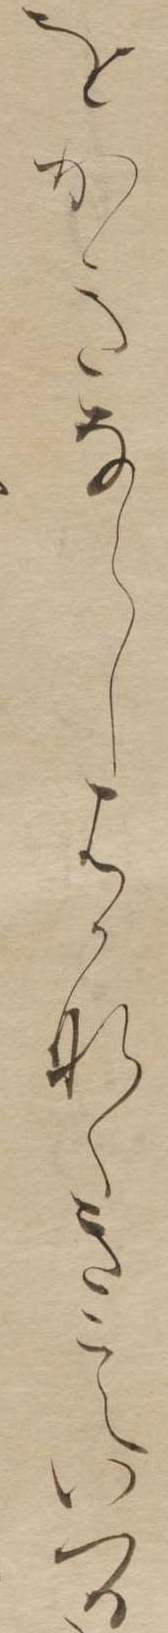
をかきならしはかなくきこえいつる